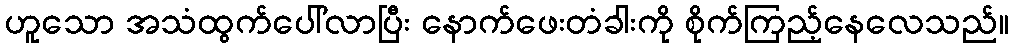
ဟူသော အသံထွက်ပေါ်လာပြီး နောက်ဖေးတံခါးကို စိုက်ကြည့်နေလေသည်။